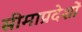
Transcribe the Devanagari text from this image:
सीमाप्रदेशों